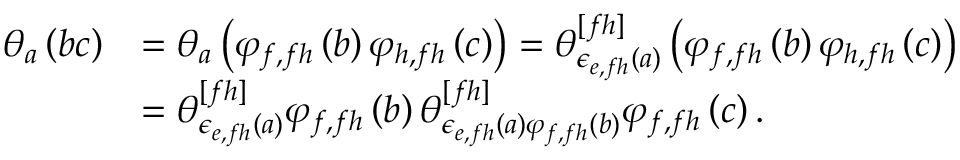
\begin{array} { r l } { \theta _ { a } \left( b c \right) } & { = \theta _ { a } \left( \varphi _ { f , f h } \left( b \right) \varphi _ { h , f h } \left( c \right) \right) = \theta _ { \epsilon _ { e , f h } \left( a \right) } ^ { [ f h ] } \left( \varphi _ { f , f h } \left( b \right) \varphi _ { h , f h } \left( c \right) \right) } \\ & { = \theta _ { \epsilon _ { e , f h } \left( a \right) } ^ { [ f h ] } \varphi _ { f , f h } \left( b \right) \theta _ { \epsilon _ { e , f h } \left( a \right) \varphi _ { f , f h } \left( b \right) } ^ { [ f h ] } \varphi _ { f , f h } \left( c \right) . } \end{array}